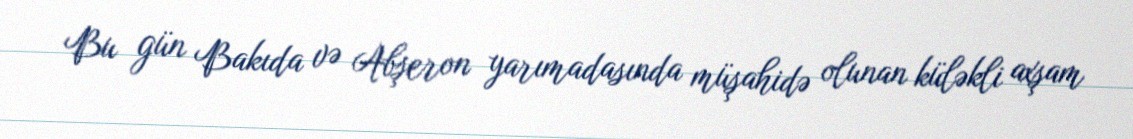
Bu gün Bakıda və Abşeron yarımadasında müşahidə olunan küləkli axşam